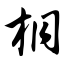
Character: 桐